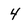
Character: 4